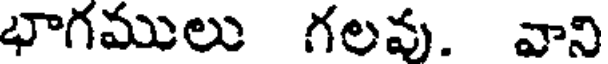
భాగములు గలవు. వాని